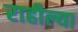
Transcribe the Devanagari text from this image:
राहील्या